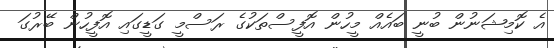
އެ ކޮމިޝަނުން ބުނީ ބައެއް މީހުން އޮފީސްތަކުގެ ރަސްމީ ގަޑީގައި އޮފީހުން ބޭރުގަ